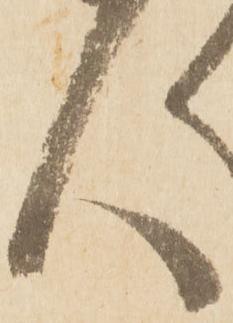
人